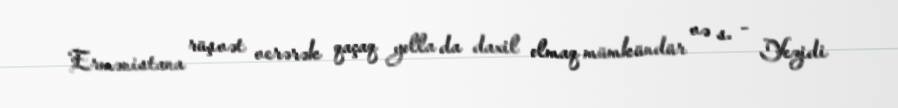
Ermənistana rüşvət verərək qaçaq yolla da daxil olmaq mümkündür və s. - Yezidi